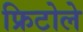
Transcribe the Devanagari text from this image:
फ्रिटोले